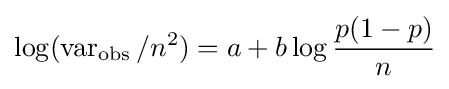
\log(\operatorname {var} _{\text{obs}}/n^{2})=a+b\log {\frac {p(1-p)}{n}}